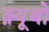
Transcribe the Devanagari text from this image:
क़्यूबो